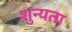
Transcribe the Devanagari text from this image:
शुन्यता